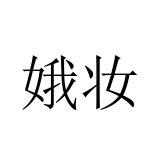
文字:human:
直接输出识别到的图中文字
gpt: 娥妆